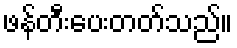
ဖန်တီးပေးတတ်သည်။